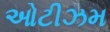
ઓટીઝમ